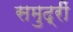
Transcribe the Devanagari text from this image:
समुद्रीं